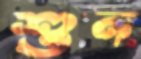
শুন